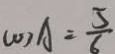
C O S A = \frac { 5 } { 6 }